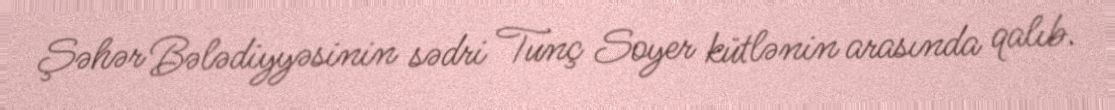
Şəhər Bələdiyyəsinin sədri Tunç Soyer kütlənin arasında qalıb.